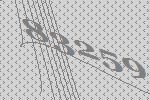
83259